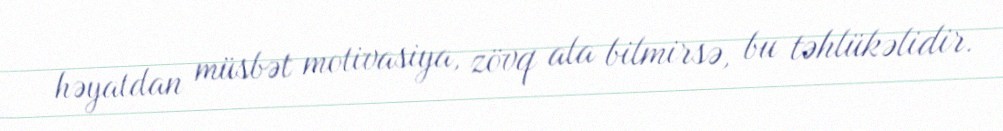
həyatdan müsbət motivasiya, zövq ala bilmirsə, bu təhlükəlidir.